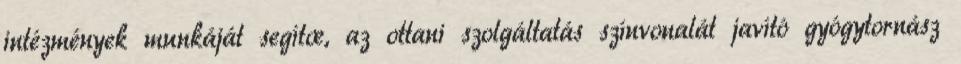
intézmények munkáját segítœ, az ottani szolgáltatás színvonalát javító gyógytornász